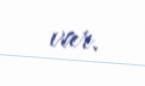
var.